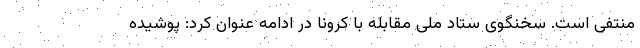
منتفی است. سخنگوی ستاد ملی مقابله با کرونا در ادامه عنوان کرد: پوشیده